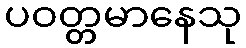
ပဝတ္တမာနေသု